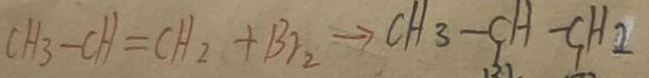
C H _ { 3 } - C H = C H _ { 2 } + B r _ { 2 } \rightarrow C H _ { 3 } - C H - C H _ { 2 }